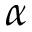
\alpha